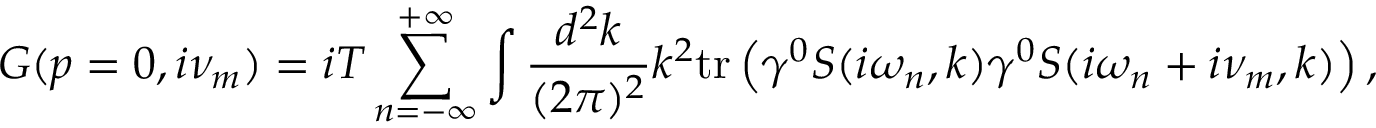
G ( p = 0 , i \nu _ { m } ) = i T \sum _ { n = - \infty } ^ { + \infty } \int \frac { d ^ { 2 } k } { ( 2 \pi ) ^ { 2 } } k ^ { 2 } \mathrm { t r } \left( \gamma ^ { 0 } S ( i \omega _ { n } , k ) \gamma ^ { 0 } S ( i \omega _ { n } + i \nu _ { m } , k ) \right) ,